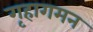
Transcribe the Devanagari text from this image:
गृहागमन